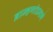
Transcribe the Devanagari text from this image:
ब्राम्हणांप्रमाणे